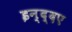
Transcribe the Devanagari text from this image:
इन्द्दए